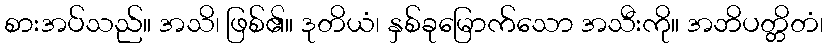
စားအပ်သည်။ အသိ၊ ဖြစ်၏။ ဒုတိယံ၊ နှစ်ခုမြောက်သော အသီးကို။ အဘိပတ္တိတံ၊